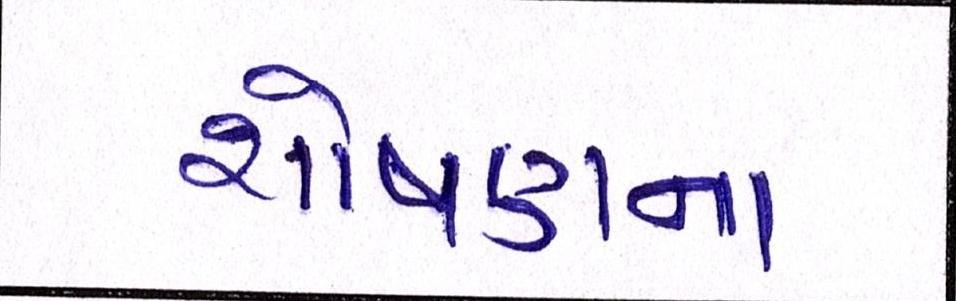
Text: શોષણના